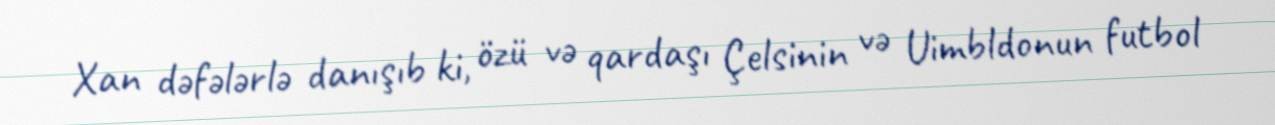
Xan dəfələrlə danışıb ki, özü və qardaşı Çelsinin və Uimbldonun futbol